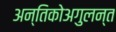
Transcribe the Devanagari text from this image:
अन्तिकोअगुलन्त